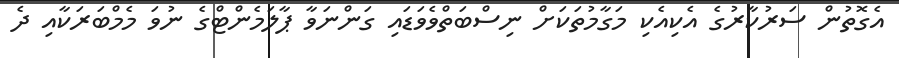
އެގޮތުން ސަރުކާރުގެ އެކިއެކި މަގާމުތަކަށް ނިސްބަތްވެވަޑައި ގަންނަވާ ޕާލަމެންޓްގެ ނުވަ މެމްބަރަކާއި ދެ